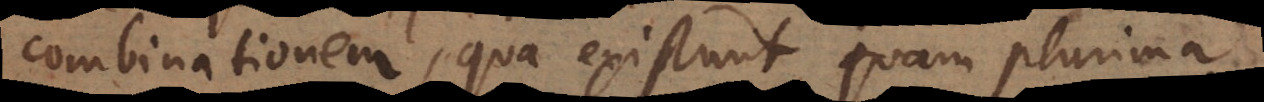
combinationem, qua existunt quam plurima,